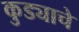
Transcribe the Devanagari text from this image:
कुड्याचे